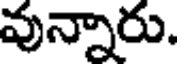
వున్నారు.